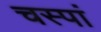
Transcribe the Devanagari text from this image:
चस्पां